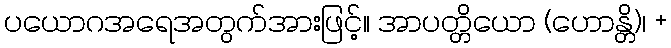
ပယောဂအရေအတွက်အားဖြင့်။ အာပတ္တိယော (ဟောန္တိ)၊ +